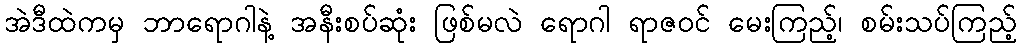
အဲဒီထဲကမှ ဘာရောဂါနဲ့ အနီးစပ်ဆုံး ဖြစ်မလဲ ရောဂါ ရာဇဝင် မေးကြည့်၊ စမ်းသပ်ကြည့်